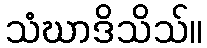
သံဃာဒိသိသ်။